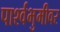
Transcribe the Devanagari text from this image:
पार्श्वभुमीवर